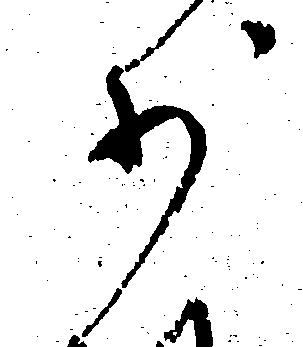
少